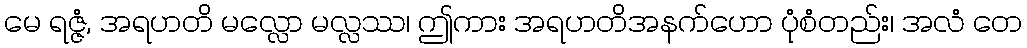
မေ ရဇ္ဇံ, အရဟတိ မလ္လော မလ္လဿ၊ ဤကား အရဟတိအနက်ဟော ပုံစံတည်း၊ အလံ တေ